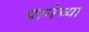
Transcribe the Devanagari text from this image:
पानेच्या